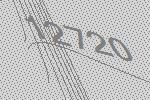
12720